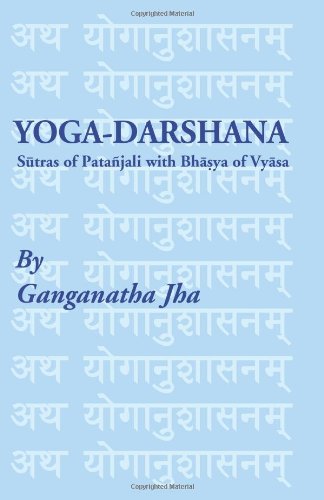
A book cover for Yoga-Darshana: Sutras of Patanjali with Bhasya of Vyasa; Ganganatha Jha; Religion & Spirituality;